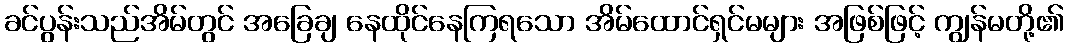
ခင်ပွန်းသည်အိမ်တွင် အခြေချ နေထိုင်နေကြရသော အိမ်ထောင်ရှင်မများ အဖြစ်ဖြင့် ကျွန်မတို့၏